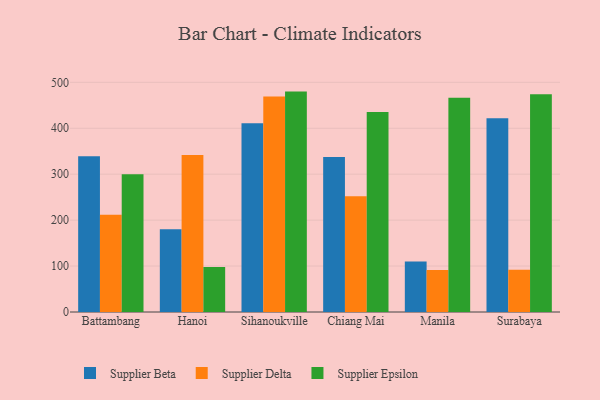
{"axis": {"x": "City", "y": "Energy Usage (MWh)"}, "legend": ["Supplier Beta", "Supplier Delta", "Supplier Epsilon"], "data": [{"x": "Battambang", "y": 339.1, "type": "Supplier Beta"}, {"x": "Battambang", "y": 211.7, "type": "Supplier Delta"}, {"x": "Battambang", "y": 300.0, "type": "Supplier Epsilon"}, {"x": "Hanoi", "y": 179.9, "type": "Supplier Beta"}, {"x": "Hanoi", "y": 342.0, "type": "Supplier Delta"}, {"x": "Hanoi", "y": 97.7, "type": "Supplier Epsilon"}, {"x": "Sihanoukville", "y": 410.8, "type": "Supplier Beta"}, {"x": "Sihanoukville", "y": 469.4, "type": "Supplier Delta"}, {"x": "Sihanoukville", "y": 479.8, "type": "Supplier Epsilon"}, {"x": "Chiang Mai", "y": 337.3, "type": "Supplier Beta"}, {"x": "Chiang Mai", "y": 251.8, "type": "Supplier Delta"}, {"x": "Chiang Mai", "y": 435.6, "type": "Supplier Epsilon"}, {"x": "Manila", "y": 109.8, "type": "Supplier Beta"}, {"x": "Manila", "y": 91.6, "type": "Supplier Delta"}, {"x": "Manila", "y": 466.3, "type": "Supplier Epsilon"}, {"x": "Surabaya", "y": 421.9, "type": "Supplier Beta"}, {"x": "Surabaya", "y": 92.1, "type": "Supplier Delta"}, {"x": "Surabaya", "y": 474.0, "type": "Supplier Epsilon"}]}